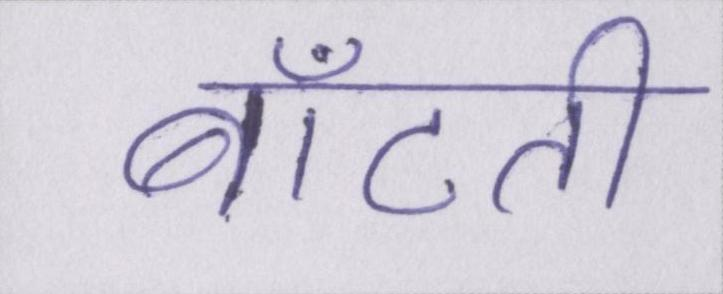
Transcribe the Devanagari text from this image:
बाँटती